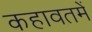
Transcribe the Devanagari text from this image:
कहावतमें